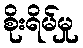
စိုးရိမ်မှု